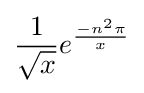
{\frac {1}{\sqrt {x}}}e^{\frac {-n^{2}\pi }{x}}